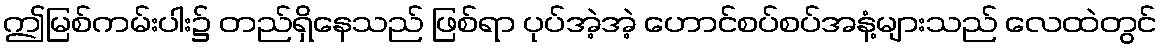
ဤမြစ်ကမ်းပါး၌ တည်ရှိနေသည် ဖြစ်ရာ ပုပ်အဲ့အဲ့ ဟောင်စပ်စပ်အနံ့များသည် လေထဲတွင်